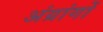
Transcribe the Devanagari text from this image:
अंग्रांगों